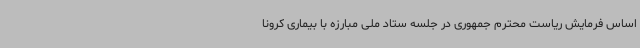
اساس فرمایش ریاست محترم جمهوری در جلسه ستاد ملی مبارزه با بیماری کرونا